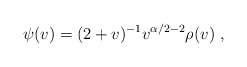
\begin{align*} \psi(v) = (2+v)^{-1} v^{\alpha/2-2} \rho(v)~,\end{align*}